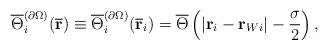
LaTeX: \begin{align*}\overline{\Theta }_{i}^{(\partial \Omega )}(\overline{\mathbf{r}})\equiv\overline{\Theta }_{i}^{(\partial \Omega )}(\overline{\mathbf{r}}_{i})=\overline{\Theta }\left( \left\vert \mathbf{r}_{i}-\mathbf{r}_{Wi}\right\vert -\frac{\sigma }{2}\right) , \end{align*}